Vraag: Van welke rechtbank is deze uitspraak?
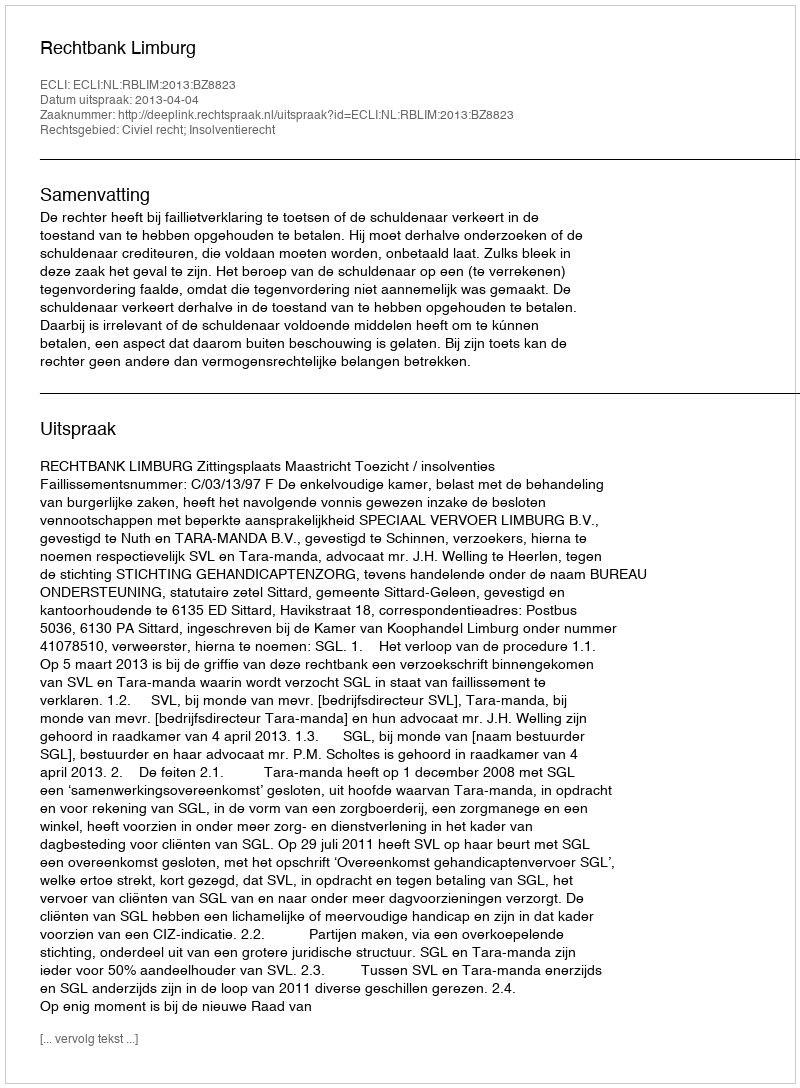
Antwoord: Rechtbank Limburg